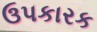
ઉપકારક